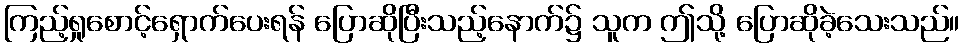
ကြည့်ရှုစောင့်ရှောက်ပေးရန် ပြောဆိုပြီးသည့်နောက်၌ သူက ဤသို့ ပြောဆိုခဲ့သေးသည်။